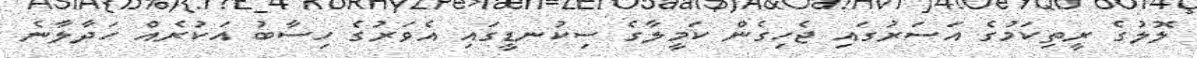
ލޮލުގެ ރީތިކަމުގެ އަސަރުގައި ޖެހިގެން ކަމީލާގެ ސިކުނޑީގައި އެވަރުގެ ހިސާބު އަކުރެއް ހަދާލާނެ